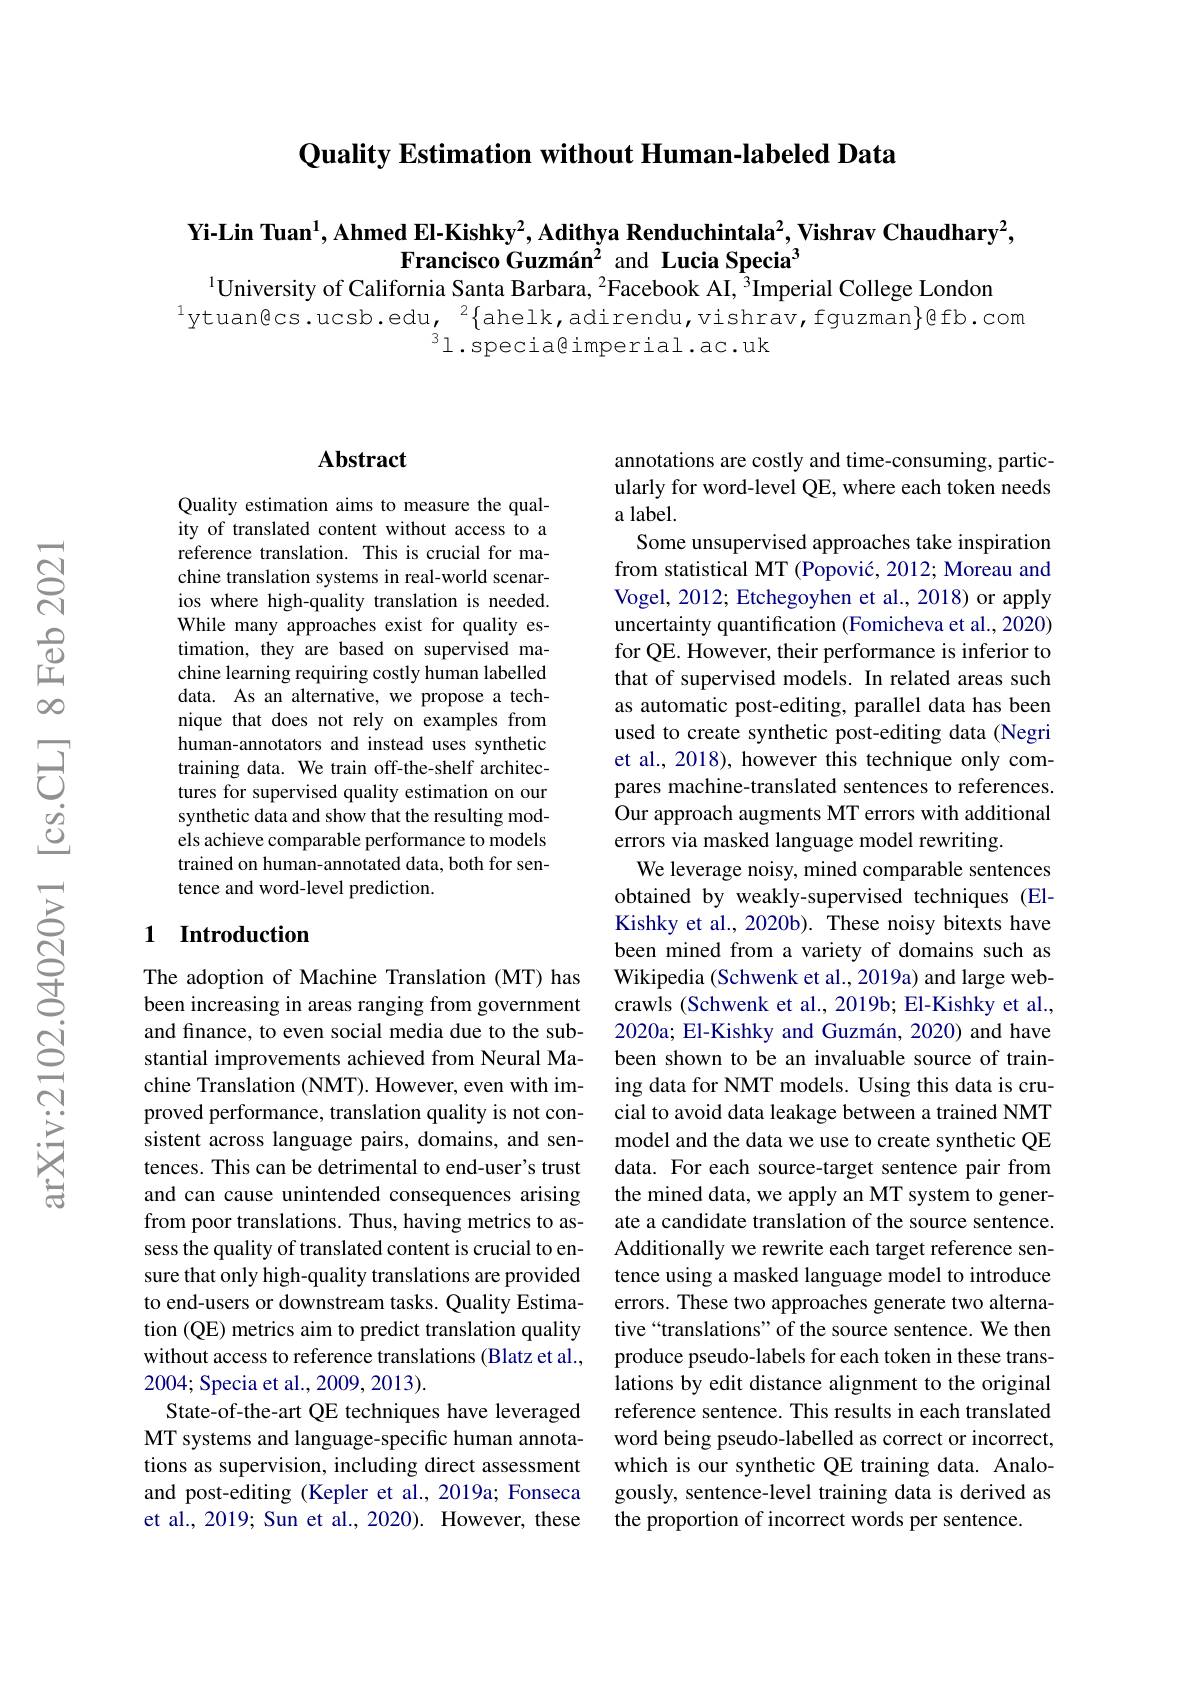
Quality Estimation without Human-labeled Data

Yi-Lin Tuan$^1$,Ahmed El-Kishky$^2$,Adithya Renduchintala$^2$,Vishrav Chaudhary$^2$,
Francisco Guzmán$^{2}$ and Lucia Specia$^{3}$
$^{1}$University of California Santa Barbara, $^2$Facebook AI, $^3$Imperial College London

$\mathrm{ytuan@cs.ucsb.edu,~}^{2}\{$ahelk,adirendu,vishrav,fguzman$\}$@fb.com
$^31.$specia@imperial.ac.uk

### $\mathbf{Abstract}$

Quality estimation aims to measure the quality of translated content without access to a reference translation. This is crucial for machine translation systems in real-world scenarios where high-quality translation is needed. While many approaches exist for quality estimation, they are based on supervised machine learning requiring costly human labelled data. As an alternative, we propose a technique that does not rely on examples from human-annotators and instead uses synthetic training data. We train off-the-shelf architectures for supervised quality estimation on our synthetic data and show that the resulting models achieve comparable performance to models trained on human-annotated data, both for sentence and word-level prediction.

### 1 Introduction

The adoption of Machine Translation (MT) has been increasing in areas ranging from government and finance, to even social media due to the substantial improvements achieved from Neural Machine Translation (NMT). However, even with improved performance, translation quality is not consistent across language pairs, domains, and sentences. This can be detrimental to end-user's trust and can cause unintended consequences arising from poor translations. Thus, having metrics to assess the quality of translated content is crucial to ensure that only high-quality translations are provided to end-users or downstream tasks. Quality Estimation (QE) metrics aim to predict translation quality without access to reference translations (Blatz et al., 2004; Specia et al., 2009, 2013).
State-of-the-art QE techniques have leveraged MT systems and language-specific human annotations as supervision, including direct assessment and post-editing (Kepler et al., 2019a; Fonseca et al., 2019; Sun et al., 2020). However, these

annotations are costly and time-consuming, particularly for word-level QE, where each token needs a label.
Some unsupervised approaches take inspiration from statistical MT (Popović, 2012; Moreau and Vogel, 2012; Etchegoyhen et al., 2018) or apply uncertainty quantification (Fomicheva et al., 2020) for QE. However, their performance is inferior to that of supervised models. In related areas such as automatic post-editing, parallel data has been used to create synthetic post-editing data (Negri et al., 2018), however this technique only compares machine-translated sentences to references. Our approach augments MT errors with additional errors via masked language model rewriting.
We leverage noisy, mined comparable sentences obtained by weakly-supervised techniques (ElKishky et al., 2020b). These noisy bitexts have been mined from a variety of domains such as Wikipedia (Schwenk et al., 2019a) and large webcrawls (Schwenk et al., 2019b; El-Kishky et al., 2020a; El-Kishky and Guzmán, 2020) and have been shown to be an invaluable source of training data for NMT models. Using this data is crucial to avoid data leakage between a trained NMT model and the data we use to create synthetic QE data. For each source-target sentence pair from the mined data, we apply an MT system to generate a candidate translation of the source sentence Additionally we rewrite each target reference sentence using a masked language model to introduce errors. These two approaches generate two alternative“translations” of the source sentence. We then produce pseudo-labels for each token in these translations by edit distance alignment to the original reference sentence. This results in each translated word being pseudo-labelled as correct or incorrect, which is our synthetic QE training data. Analogously, sentence-level training data is derived as the proportion of incorrect words per sentence.